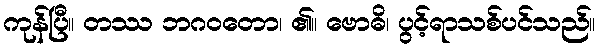
ကုန်ပြီ။ တဿ ဘဂဝတော၊ ၏။ ဗောဓိ၊ ပွင့်ရာသစ်ပင်သည်။